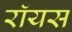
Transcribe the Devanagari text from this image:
राॅयस